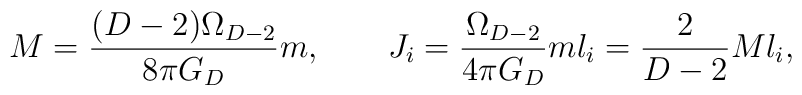
M={{(D-2)\Omega_{D-2}}\over {8\pi G_D}}m,  \ \ \ \ \ \ J_i={\Omega_{D-2}\over {4\pi G_D}}ml_i = {2\over{D-2}}Ml_i,